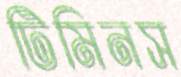
টিমিনস